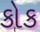
કોક